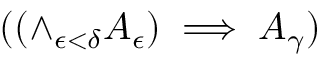
( ( \land _ { \epsilon < \delta } { A _ { \epsilon } } ) \implies A _ { \gamma } )